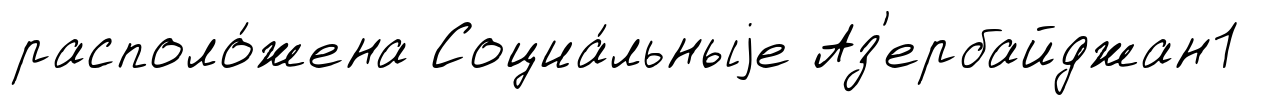
располо́жена Социа́льныjе Аз'ербайджан1